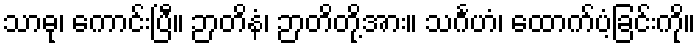
သာဓု၊ ကောင်းပြီ။ ဉာတိနံ၊ ဉာတိတို့အား။ သင်္ဂဟံ၊ ထောက်ပံ့ခြင်းကို။